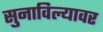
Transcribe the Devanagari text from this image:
सुनाविल्यावर